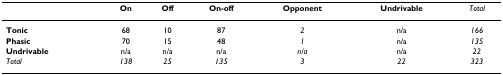
<table><thead><tr><td></td><td><b>On</b></td><td><b>Off</b></td><td><b>On-off</b></td><td><b>Opponent</b></td><td><b>Undrivable</b></td><td><b><i>Total</i></b></td></tr></thead><tbody><tr><td><b>Tonic</b></td><td>68</td><td>10</td><td>87</td><td><i>2</i></td><td>n/a</td><td><i>166</i></td></tr><tr><td><b>Phasic</b></td><td>70</td><td>15</td><td>48</td><td><i>1</i></td><td>n/a</td><td><i>135</i></td></tr><tr><td><b>Undrivable</b></td><td>n/a</td><td>n/a</td><td>n/a</td><td><i>n/a</i></td><td>n/a</td><td><i>22</i></td></tr><tr><td><i>Total</i></td><td><i>138</i></td><td><i>25</i></td><td><i>135</i></td><td><i>3</i></td><td><i>22</i></td><td><i>323</i></td></tr></tbody></table>